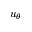
u _ { \theta }